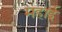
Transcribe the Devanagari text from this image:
महाई